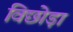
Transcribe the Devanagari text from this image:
विछोड़ा